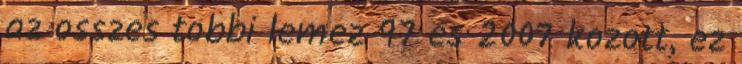
az osszes tobbi lemez 97 es 2007 kozott, ez